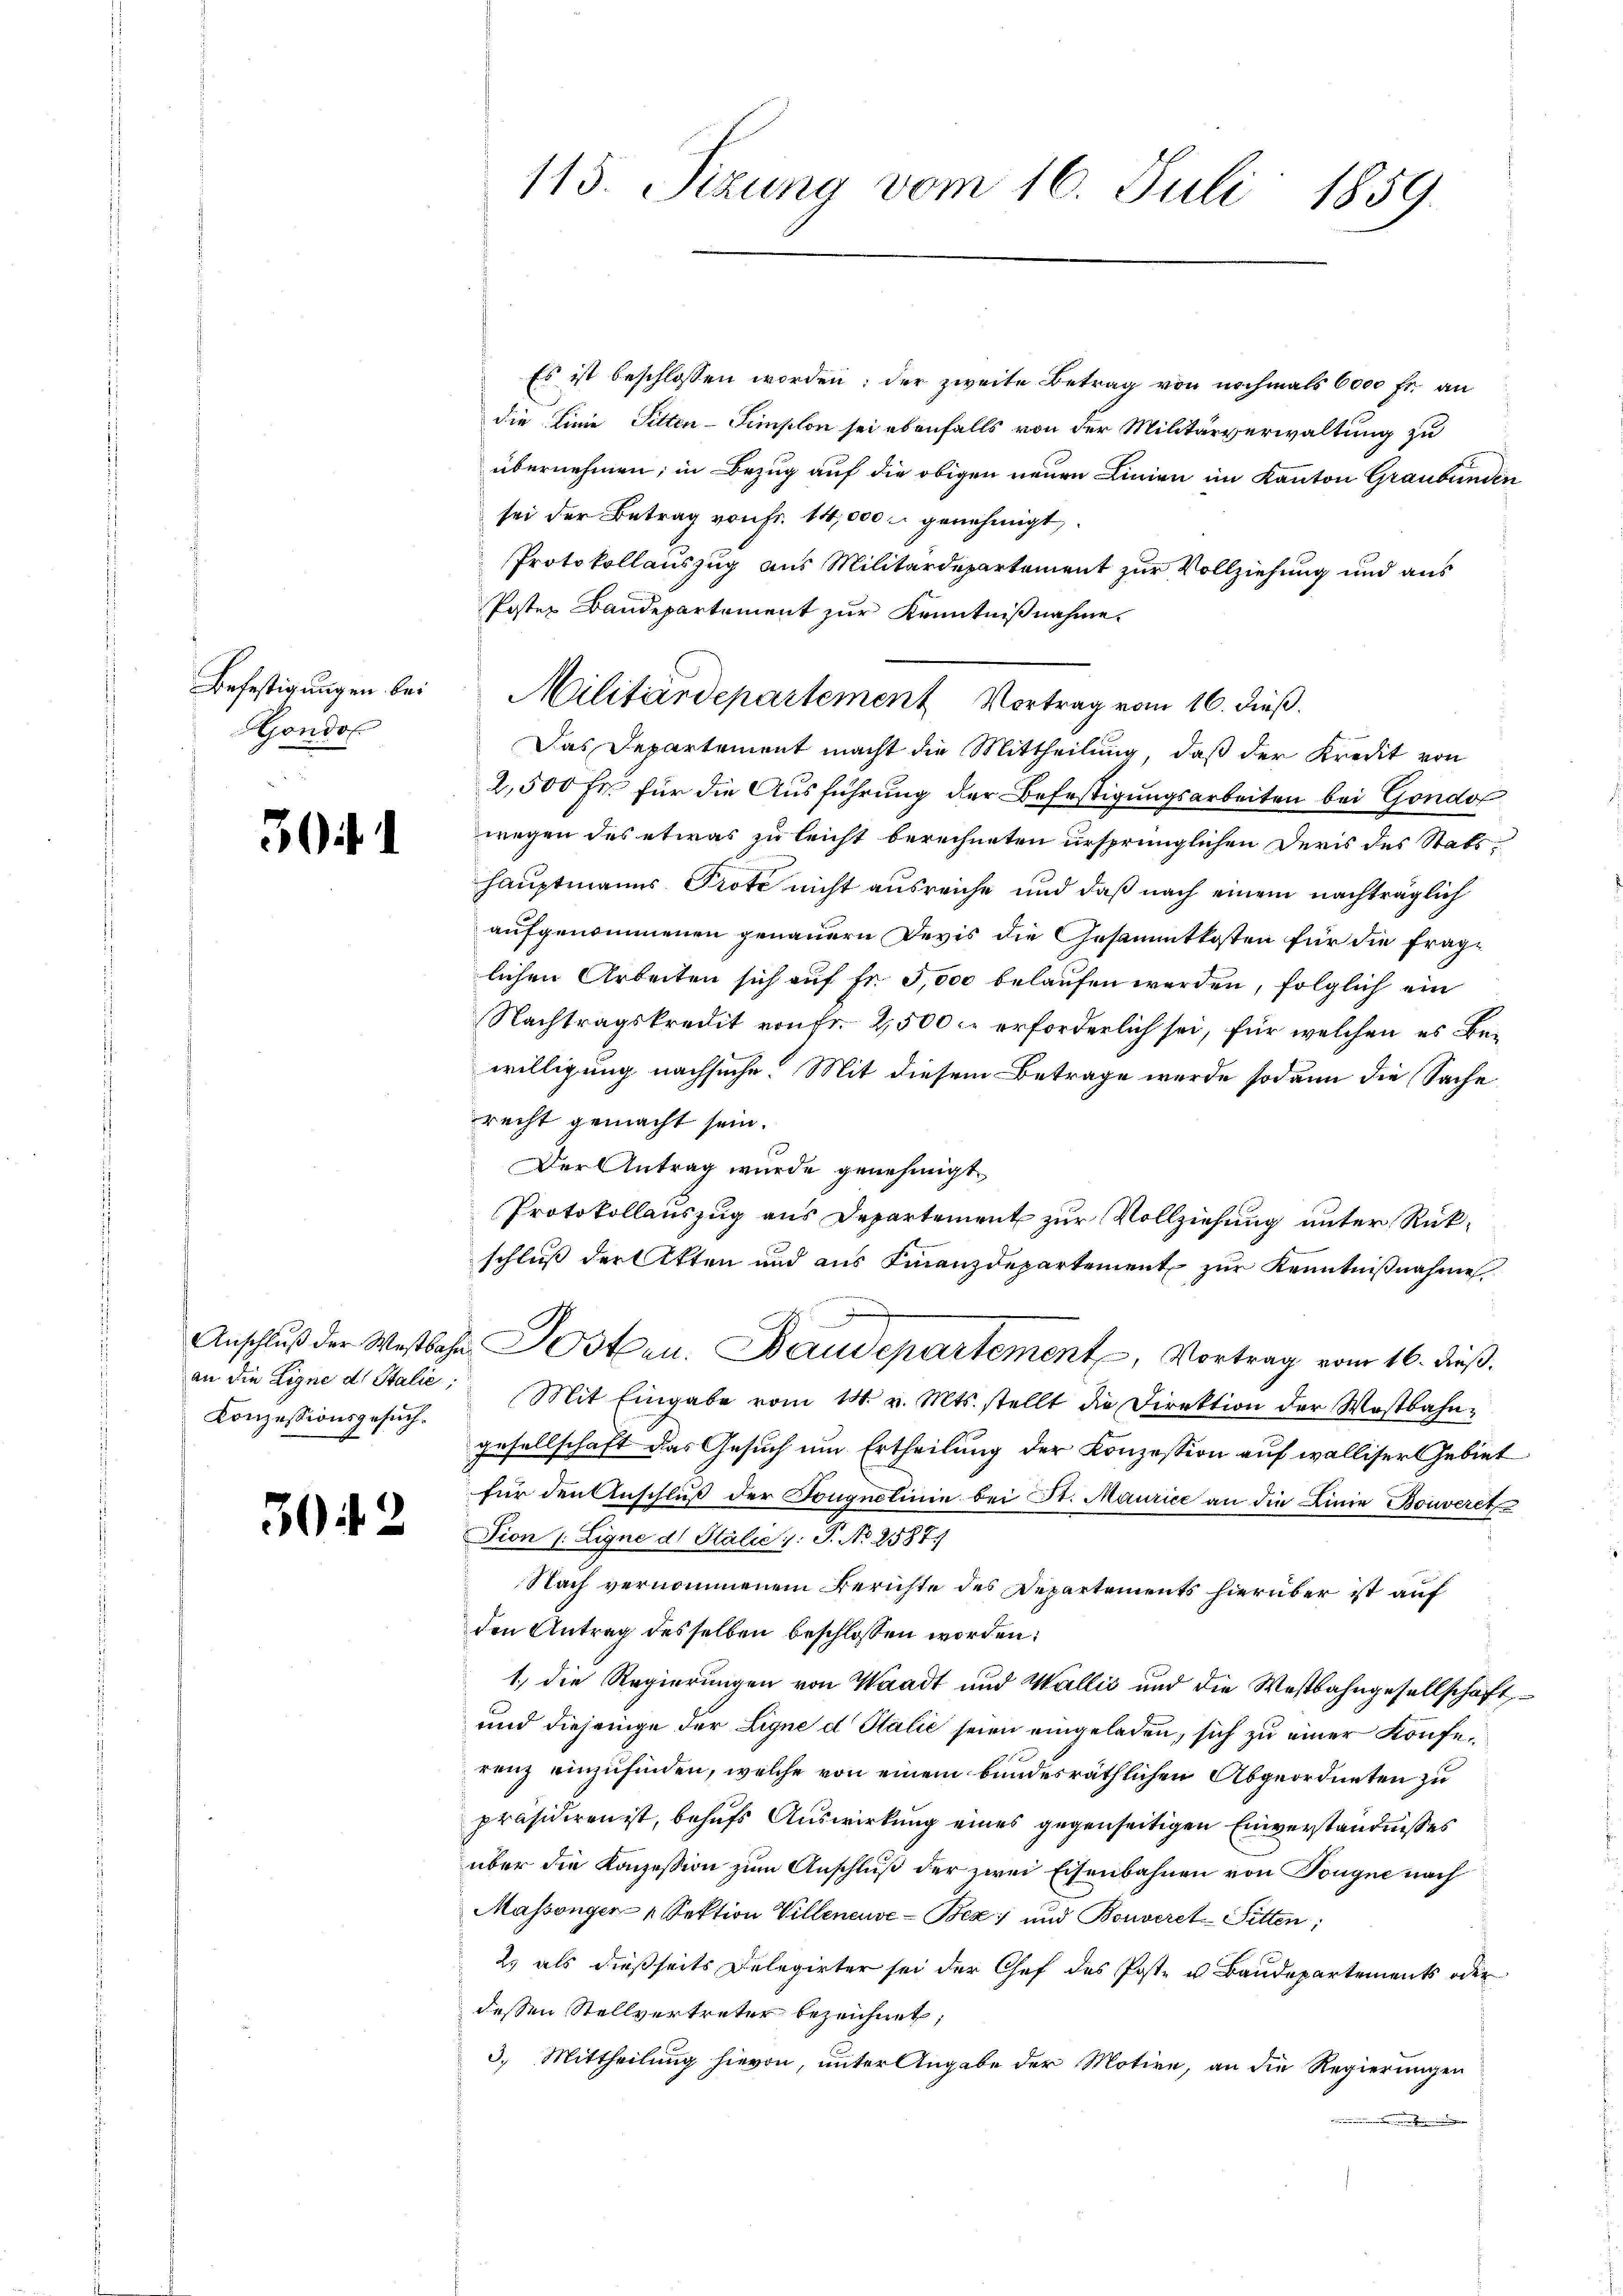
Befestigungen bei
Gondol

if.

Konzessionsgesuch¬

304. 2

115. Sizung vom 16. Juli 1859.

Es ist beschlossen worden; der zweite Betrag von nochmals 6000 fr. an
die Linie Sitten-Simplon sei ebenfalls von der Militärverwaltung zu
übernehmen; in Bezug auf die obigen neuen Linien im Kanton Graubünden
sei der Betrag von Fr. 14,000 genehmigt.
Protokollauszug aus Militärdepartement zur Vollziehung und aus
Poster Baudepartement zur Kenntnißnahme.
Das Departement macht die Mittheilung, daß der Kredit von
2,500 Fr. für die Ausführung der Befestigungsarbeiten bei Gondo
wegen des etwas zu leicht berechneten ursprünglichen Deris des Statshauptmanns Prote nicht ausreiche und daß nach einem nachträglich
aufgenommenen genauern Devis die Gesammtkosten für die fraglichen Arbeiten sich auf Fr. 5,000 belaufen werden, folglich ein
Nachtragskredit von Fr. 2,500. erforderlich sei, für welchen es Bewilligung nachsuche. Mit diesem Betrage wurde sodann die Sache
recht gemacht sein.
Der Antrag wurde genehmigt
Protokollauszug aus Departement zur Vollziehung unter Rückschluß der Akten und aus Finanzdepartement zur Kenntnißnahme
Anschlŭβ der Westbahr Postern. Baudepartement, Vortrag vom 16. dieß.
an die Ligne d. Stalie Mit Eingabe vom 18. v. Mts. stellt die Direktion der Wostbahn-
gesellschaft das Gesuch um Ertheilung der Konzession auf walliser Gebiet
für den Anschluß der Fougnetinie bei St. Maurice an die Linie Bouveret
Fion (Eigne d. Stalie /: P. No 2587.
Nach vernommenem Berichte des Departements hierüber ist auf
den Antrag desselben beschlossen worden:
1.) die Regierungen von Waadt und Wallis und die Westbahngesellschaft,
und diejenige der Ligne d Stälić seien eingeladen, sich zu einer Konferenz einzufinden, welche von einem bundesräthlichen Abgeordneten zu
präsidiren ist, behufs Auswirkung eines gegenseitigen Einverständnisses
über die Konzession zum Anschluß der zwei Eisenbahnen von Tongne nach
Massenger-Sektion Villeneuve-Bez und Bonveret Sitten;
2) als dießseits Delegirter sei der Chef des Poste u Baudepartements oder
dessen Stellvertreter bezeichnet;
3. Mittheilung hievon, unter Angabe der Motive, an die Regierungen
e

Militärdepartement Vortrag vom 16. dieß.